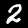
Digit: 2